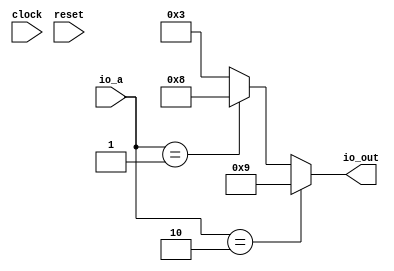
module testScala(
  input        clock,
  input        reset,
  input  [2:0] io_a,
  output [3:0] io_out
);
  wire [3:0] _GEN_0 = io_a == 3'h1 ? 4'h8 : 4'h3; // @[testScala.scala 14:18 15:9]
  assign io_out = io_a == 3'h2 ? 4'h9 : _GEN_0; // @[testScala.scala 18:18 19:9]
endmodule